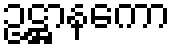
ဥဋ္ဌာနကော